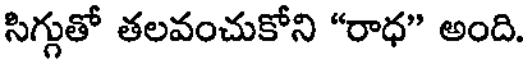
సిగ్గుతో తలవంచుకోని "రాధ" అంది.